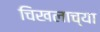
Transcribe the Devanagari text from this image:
चिखलाच्या